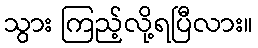
သွား ကြည့်လို့ရပြီလား။